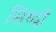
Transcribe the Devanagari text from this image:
सिध्दों